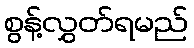
စွန့်လွှတ်ရမည်